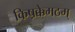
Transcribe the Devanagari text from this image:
किष़क्केमठम्